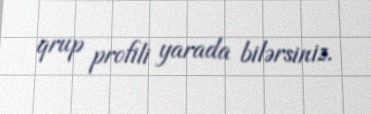
qrup profili yarada bilərsiniz.